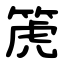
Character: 箎